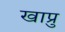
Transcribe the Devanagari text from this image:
खाप्रु